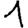
Digit: 1